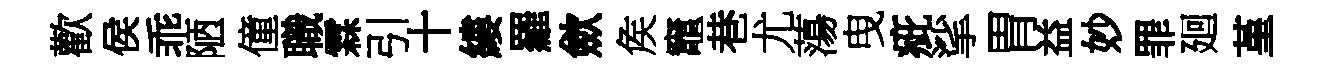
歡侯乖陋僮職霖引十縷羅歛矦竈巷尤蕩曳疵挲胃益妙罪廻堇